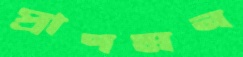
প্রাণমন